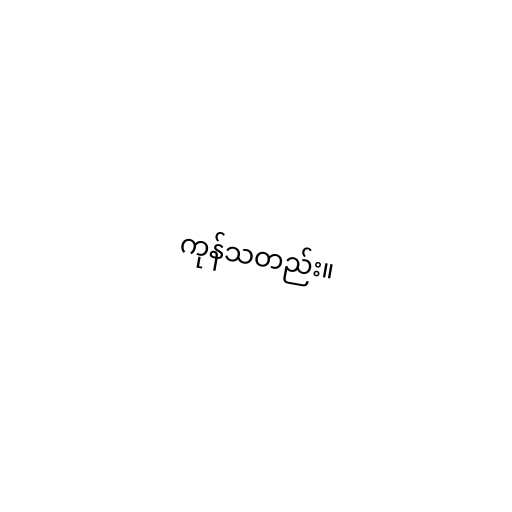
ကုန်သတည်း။